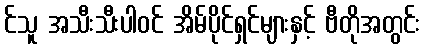
င်သူ အသီးသီးပါဝင် အိမ်ပိုင်ရှင်များနှင့် ဗီတိုအတွင်း